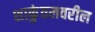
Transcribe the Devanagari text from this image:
शाकुंतलवरील